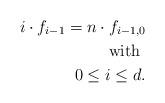
LaTeX: \begin{align*}i\cdot f_{i-1}=n \cdot f_{i-1,0} \\ \mbox{ with } \\ 0\leq i\leq d.\end{align*}